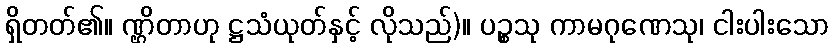
ရှိတတ်၏။ ဏ္ဌိတာဟု ဋ္ဌသံယုတ်နှင့် လိုသည်)။ ပဉ္စသု ကာမဂုဏေသု၊ ငါးပါးသော